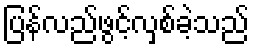
ပြန်လည်ဖွင့်လှစ်ခဲ့သည်